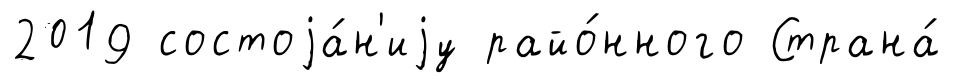
2019 состоjа́н'иjу райо́нного Страна́